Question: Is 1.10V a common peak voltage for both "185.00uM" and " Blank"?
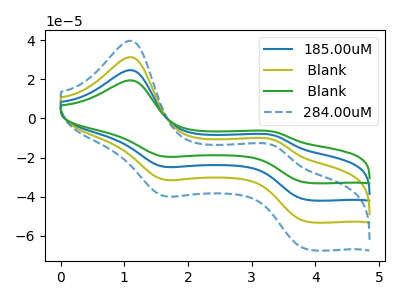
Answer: <think>The blue curve "185.00uM" has anodic peaks at (1.10V, 62.85uA) (3.35V, -22.25uA) and cathodic peaks at (1.60V, -62.05uA) (3.90V, -105.85uA). The olive curve " Blank" has anodic peaks at (1.10V, 31.45uA) (3.35V, -11.10uA) and cathodic peaks at (1.60V, -31.05uA) (3.90V, -52.90uA). The green curve " Blank" has anodic peaks at (1.10V, 94.30uA) (3.35V, -33.35uA) and cathodic peaks at (1.60V, -93.10uA) (3.90V, -158.75uA). The blue dashed curve "284.00uM" has anodic peaks at (1.10V, 39.85uA) (3.35V, -14.10uA) and cathodic peaks at (1.60V, -39.35uA) (3.90V, -67.10uA).</think>
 <answer>Yes, "185.00uM" and " Blank" share a peak at 1.10V.</answer>
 <eval>match</eval>